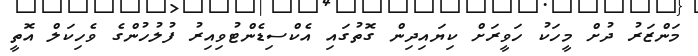
މަންޒަރު ދުށް މީހަކު ހަވީރަށް ކިޔައިދިން ގޮތުގައި އެކްސިޑެންޓުވިއިރު ފުލުހުންގެ ވެހިކަލް އޮތީ